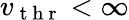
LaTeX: v_{\mathrm{~t~h~r~}}<\infty